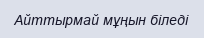
Айттырмай мұңын біледі